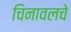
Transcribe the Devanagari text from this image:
चिनावलचे